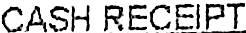
CASH RECEIPT